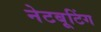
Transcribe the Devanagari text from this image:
नेटबूटिंग